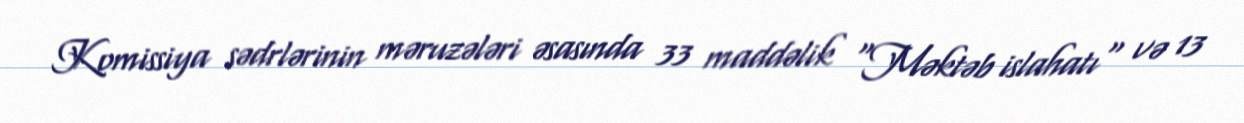
Komissiya sədrlərinin məruzələri əsasında 33 maddəlik "Məktəb islahatı" və 13